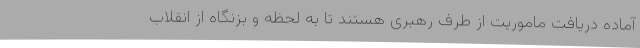
آماده دریافت ماموریت از طرف رهبری هستند تا به لحظه و بزنگاه از انقلاب